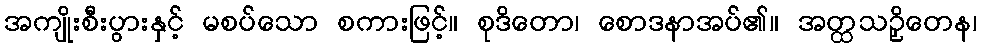
အကျိုးစီးပွားနှင့် မစပ်သော စကားဖြင့်။ စုဒိတော၊ စောဒနာအပ်၏။ အတ္ထသဉှိတေန၊